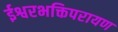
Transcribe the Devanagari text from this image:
ईश्वरभक्तिपरायण